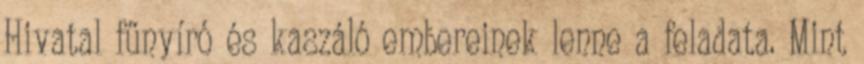
Hivatal fűnyíró és kaszáló embereinek lenne a feladata. Mint